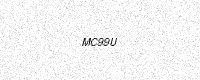
Text: MC99U